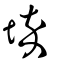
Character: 埣